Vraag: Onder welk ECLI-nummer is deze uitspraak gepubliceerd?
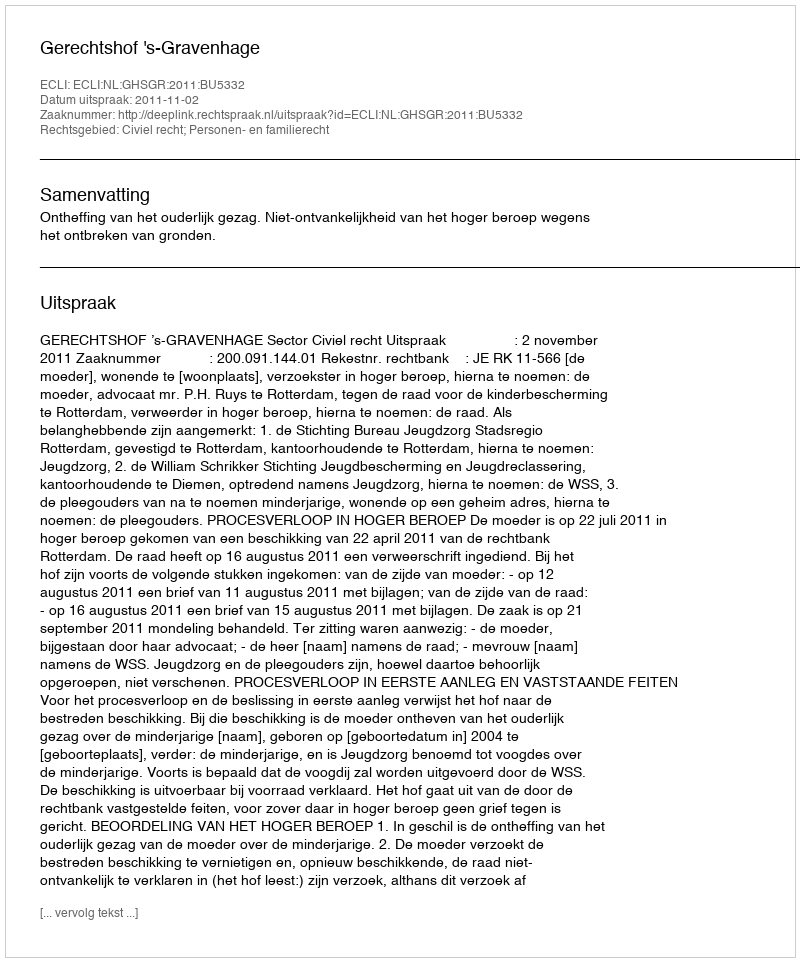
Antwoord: ECLI:NL:GHSGR:2011:BU5332